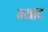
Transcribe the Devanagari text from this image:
म्याट